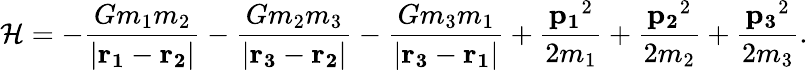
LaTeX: {\mathcal{H}}=-{\frac{Gm_{1}m_{2}}{|\mathbf{r_{1}}-\mathbf{r_{2}}|}}-{\frac{Gm_{2}m_{3}}{|\mathbf{r_{3}}-\mathbf{r_{2}}|}}-{\frac{Gm_{3}m_{1}}{|\mathbf{r_{3}}-\mathbf{r_{1}}|}}+{\frac{\mathbf{p_{1}}^{2}}{2m_{1}}}+{\frac{\mathbf{p_{2}}^{2}}{2m_{2}}}+{\frac{\mathbf{p_{3}}^{2}}{2m_{3}}}.